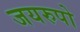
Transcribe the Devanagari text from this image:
जयरुपो